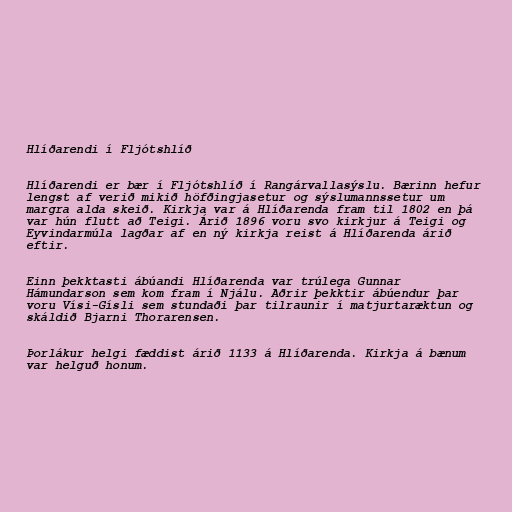
Hlíðarendi í Fljótshlíð

Hlíðarendi er bær í Fljótshlíð í Rangárvallasýslu. Bærinn hefur
lengst af verið mikið höfðingjasetur og sýslumannssetur um
margra alda skeið. Kirkja var á Hlíðarenda fram til 1802 en þá
var hún flutt að Teigi. Árið 1896 voru svo kirkjur á Teigi og
Eyvindarmúla lagðar af en ný kirkja reist á Hlíðarenda árið
eftir.

Einn þekktasti ábúandi Hlíðarenda var trúlega Gunnar
Hámundarson sem kom fram í Njálu. Aðrir þekktir ábúendur þar
voru Vísi-Gísli sem stundaði þar tilraunir í matjurtaræktun og
skáldið Bjarni Thorarensen.

Þorlákur helgi fæddist árið 1133 á Hlíðarenda. Kirkja á bænum
var helguð honum.